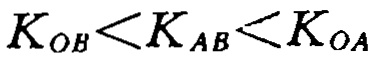
\(K_{OB}<K_{AB}<K_{OA}\)